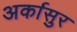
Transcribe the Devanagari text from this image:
अर्कासुर